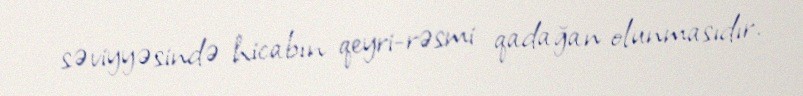
səviyyəsində hicabın qeyri-rəsmi qadağan olunmasıdır.